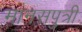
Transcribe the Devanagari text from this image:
मानसपुत्री